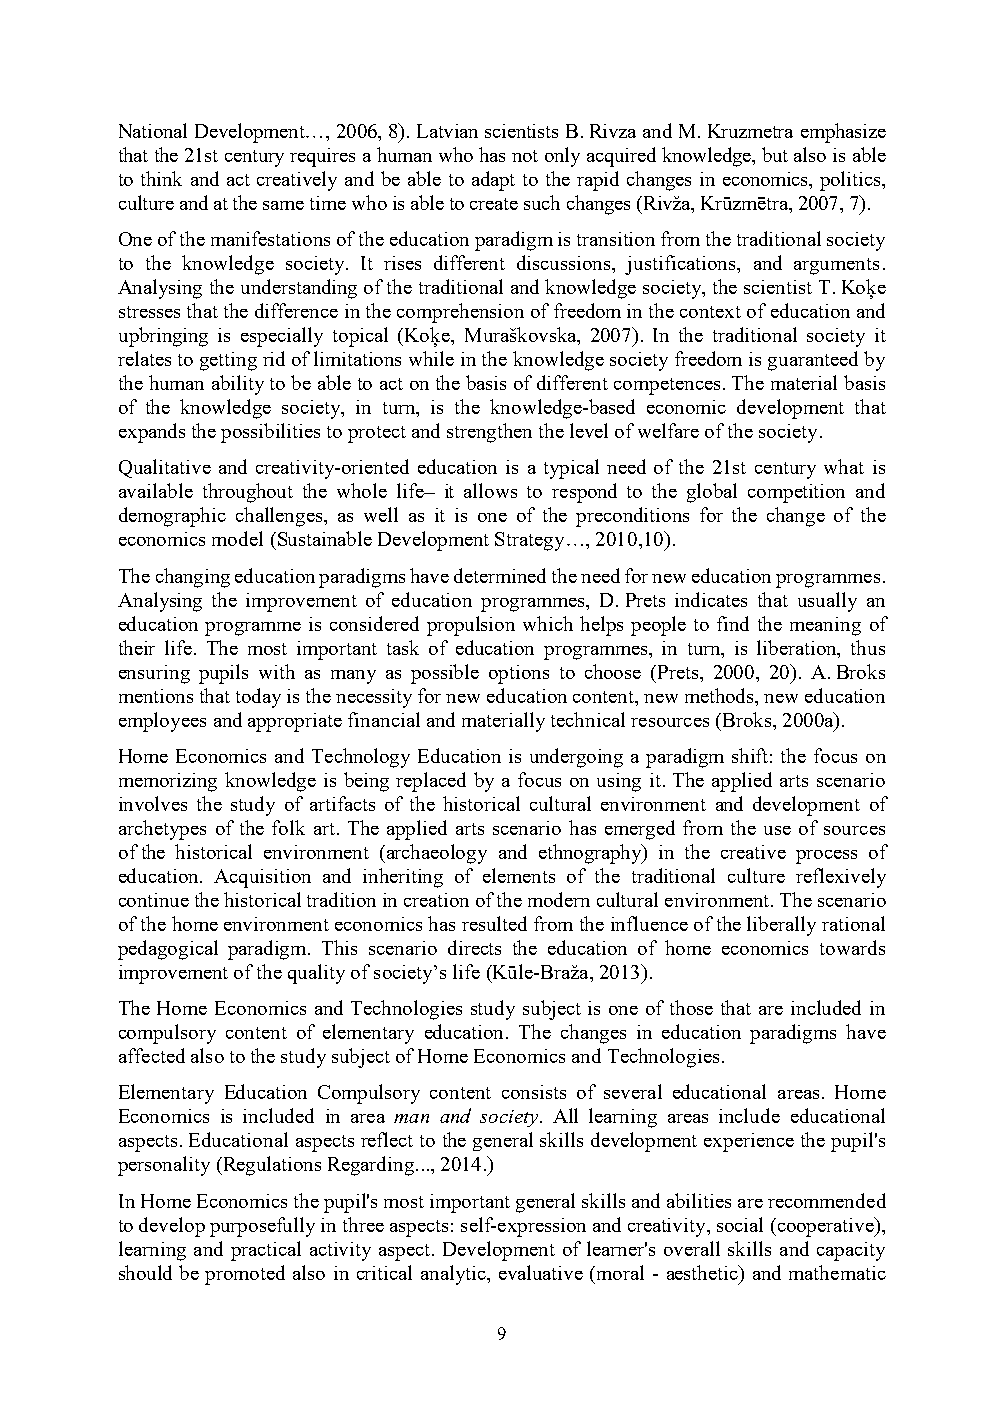
National Development…, 2006, 8). Latvian scientists B. Rivza and M. Kruzmetra emphasize
 that the 21st century requires a human who has not only acquired knowledge, but also is able
 to think and act creatively and be able to adapt to the rapid changes in economics, politics,
 culture and at the same time who is able to create such changes (Rivža, Krūzmētra, 2007, 7).
 One of the manifestations of the education paradigm is transition from the traditional society
 to the knowledge society. It rises different discussions, justifications, and arguments.
 Analysing the understanding of the traditional and knowledge society, the scientist T. Koķe
 stresses that the difference in the comprehension of freedom in the context of education and
 upbringing is especially topical (Koķe, Muraškovska, 2007). In the traditional society it
 relates to getting rid of limitations while in the knowledge society freedom is guaranteed by
 the human ability to be able to act on the basis of different competences. The material basis
 of the knowledge society, in turn, is the knowledge-based economic development that
 expands the possibilities to protect and strengthen the level of welfare of the society.
 Qualitative and creativity-oriented education is a typical need of the 21st century what is
 available throughout the whole life– it allows to respond to the global competition and
 demographic challenges, as well as it is one of the preconditions for the change of the
 economics model (Sustainable Development Strategy…, 2010,10).
 The changing education paradigms have determined the need for new education programmes.
 Analysing the improvement of education programmes, D. Prets indicates that usually an
 education programme is considered propulsion which helps people to find the meaning of
 their life. The most important task of education programmes, in turn, is liberation, thus
 ensuring pupils with as many as possible options to choose (Prets, 2000, 20). A. Broks
 mentions that today is the necessity for new education content, new methods, new education
 employees and appropriate financial and materially technical resources (Broks, 2000a).
 Home Economics and Technology Education is undergoing a paradigm shift: the focus on
 memorizing knowledge is being replaced by a focus on using it. The applied arts scenario
 involves the study of artifacts of the historical cultural environment and development of
 archetypes of the folk art. The applied arts scenario has emerged from the use of sources
 of the historical environment (archaeology and ethnography) in the creative process of
 education. Acquisition and inheriting of elements of the traditional culture reflexively
 continue the historical tradition in creation of the modern cultural environment. The scenario
 of the home environment economics has resulted from the influence of the liberally rational
 pedagogical paradigm. This scenario directs the education of home economics towards
 improvement of the quality of society’s life (Kūle-Braža, 2013).
 The Home Economics and Technologies study subject is one of those that are included in
 compulsory content of elementary education. The changes in education paradigms have
 affected also to the study subject of Home Economics and Technologies.
 Elementary Education Compulsory content consists of several educational areas. Home
 Economics is included in area man and society. All learning areas include educational
 aspects. Educational aspects reflect to the general skills development experience the pupil's
 personality (Regulations Regarding..., 2014.)
 In Home Economics the pupil's most important general skills and abilities are recommended
 to develop purposefully in three aspects: self-expression and creativity, social (cooperative),
 learning and practical activity aspect. Development of learner's overall skills and capacity
 should be promoted also in critical analytic, evaluative (moral - aesthetic) and mathematic
 9